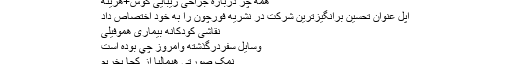
همه چز درباره جراحی زیبایی گوش+هزینه
اپل عنوان تحسین برانگیزترین شرکت در نشریه فورچون را به خود اختصاص داد
نقاشی کودکانه بیماری هموفیلی
وسايل سفردرگذشته وامروز چي بوده است
نمک صورتی هیمالیا از کجا بخریم